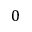
0